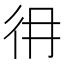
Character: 𢓏